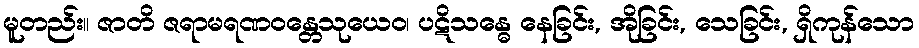
မူတည်း။ ဇာတိ ဇရာမရဏဝန္တေသုယေဝ၊ ပဋိသန္ဓေ နေခြင်း, အိုခြင်း, သေခြင်း, ရှိကုန်သော